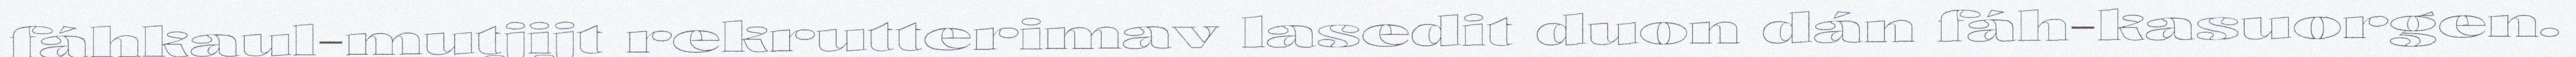
fáhkaul-mutjijt rekrutterimav lasedit duon dán fáh-kasuorgen.